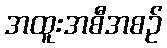
အထူးအစီအစဉ်